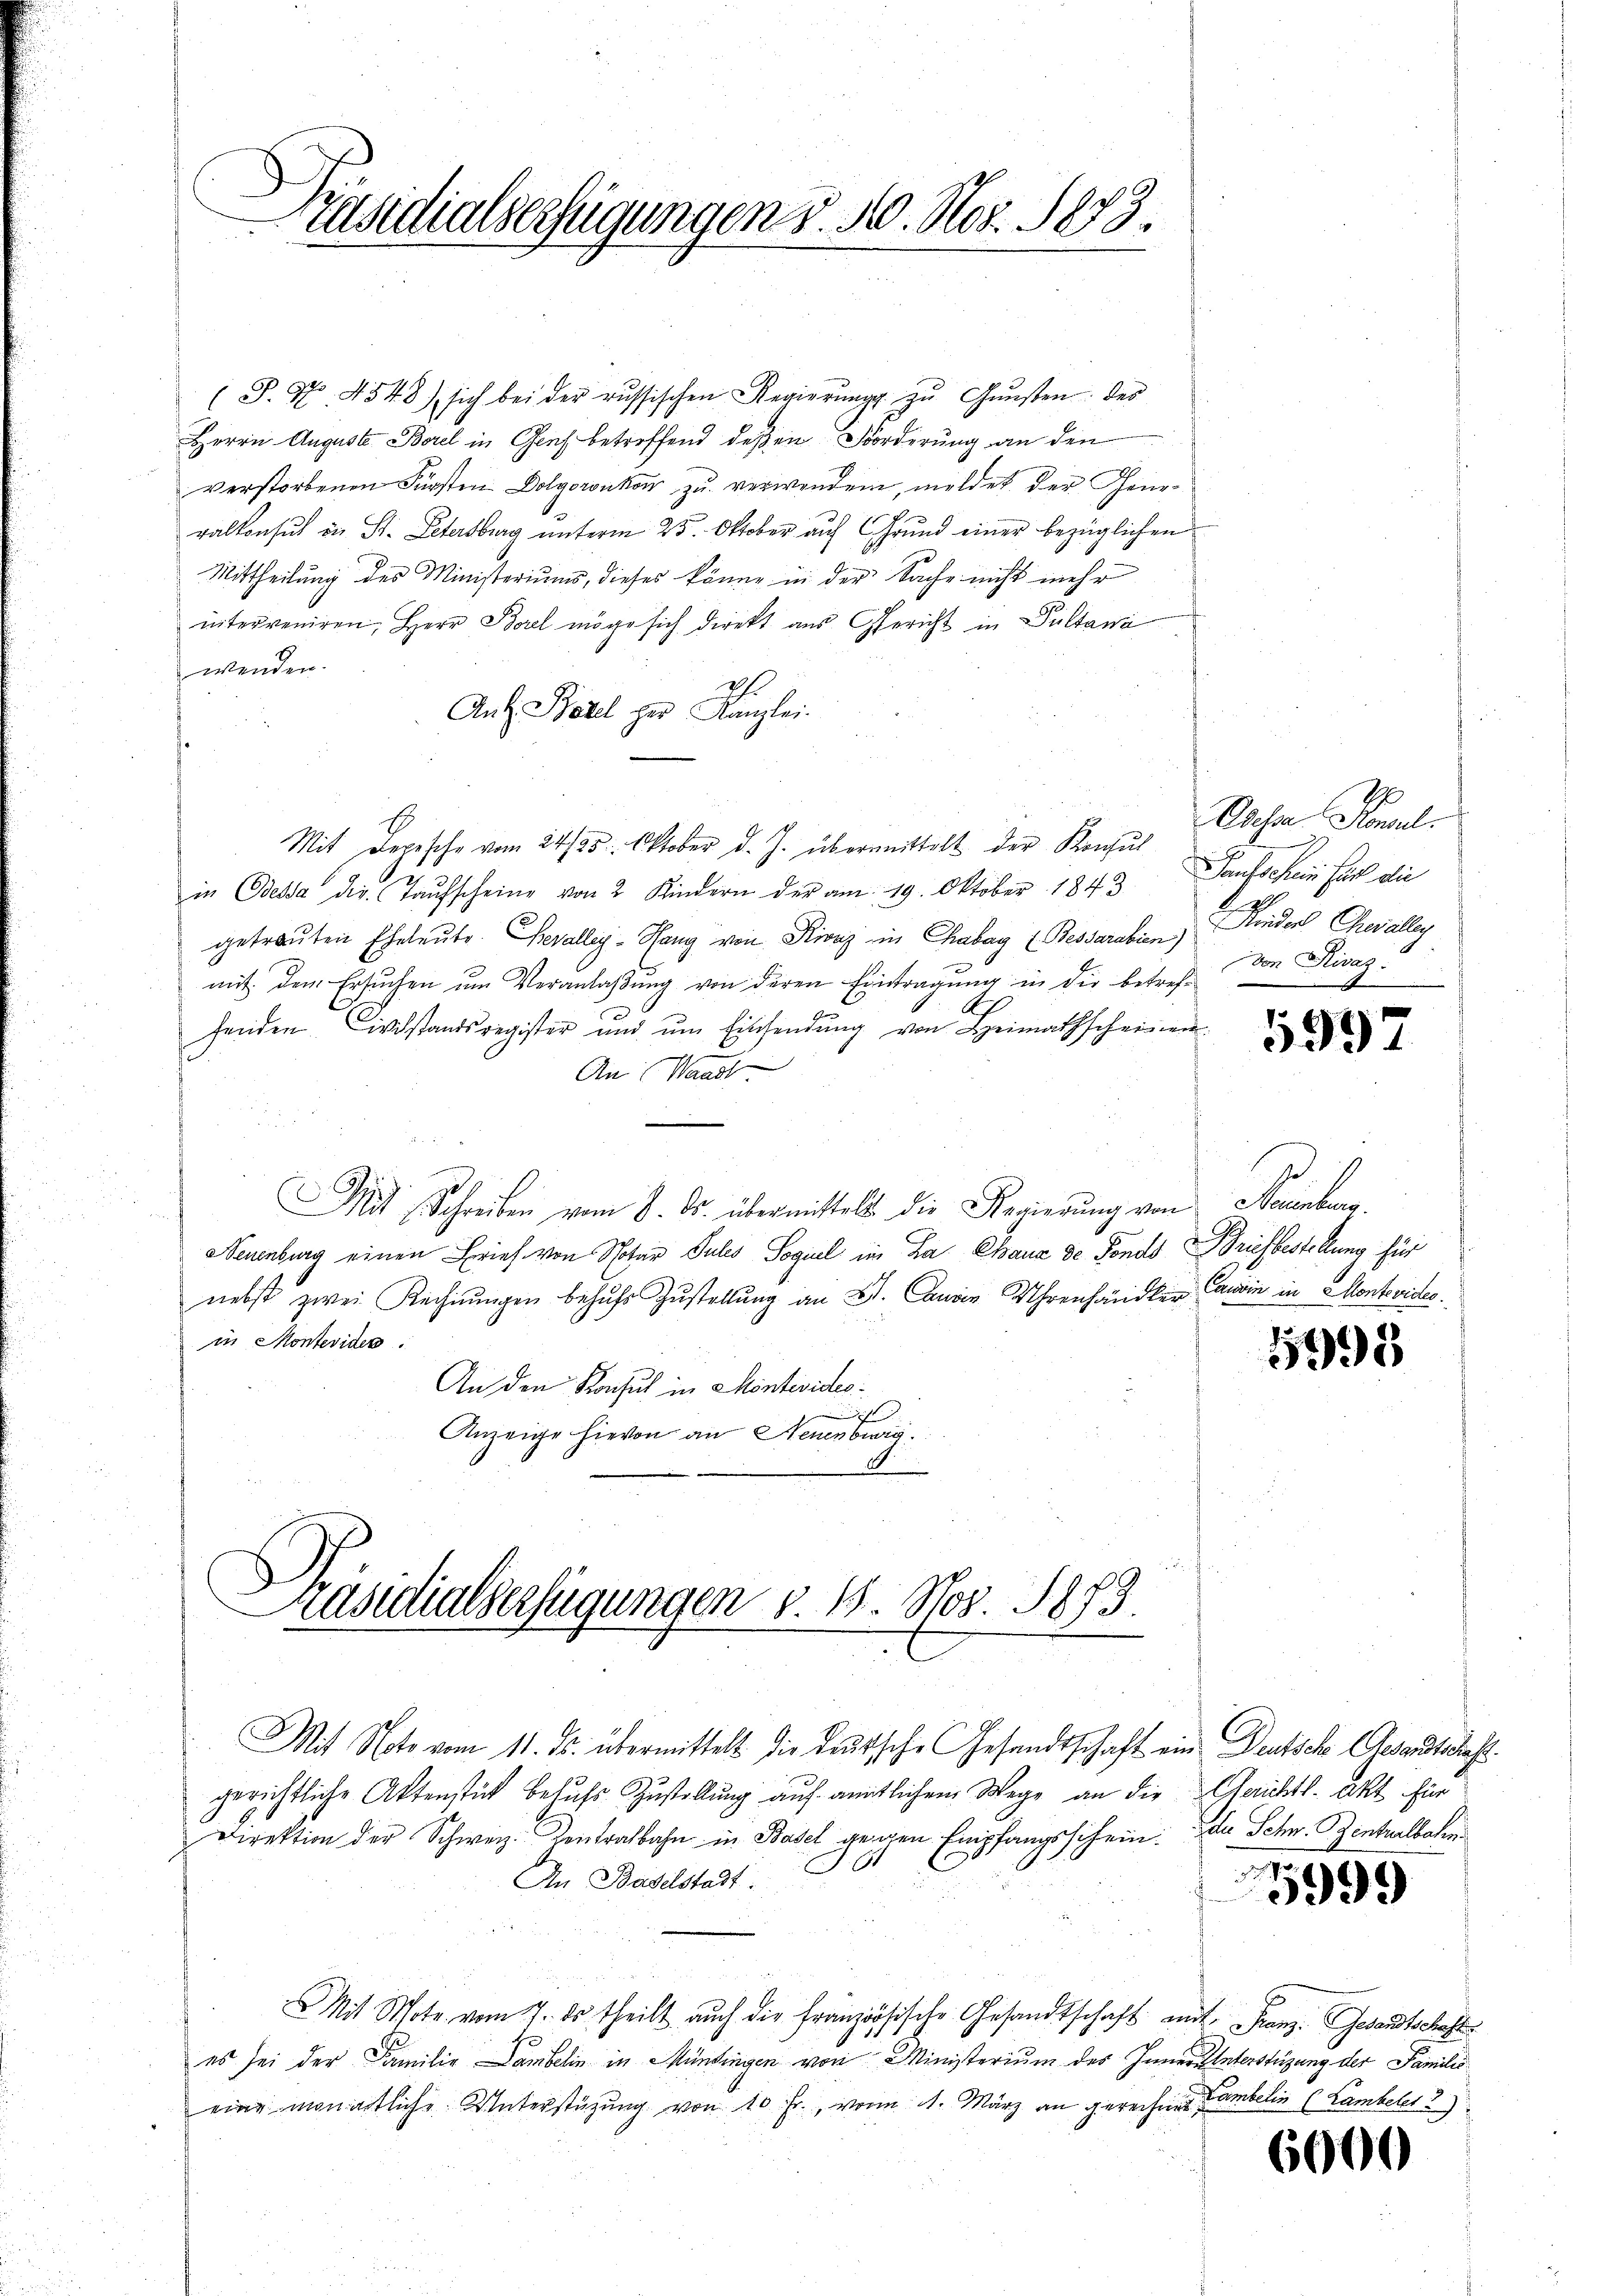
(P. Nr. 4548) sich bei der russischen Regierŭng zŭ Gŭnsten des
Herrn Auguste Borel in Genf betreffend deßen Forderung an den
verstorbenen Fürsten Dolgornkon zu verwenden, meldet der Generalkonsul in St. Petersburg unterm 25. Oktober auf Grund einer bezüglichen
Mittheilung des Ministeriums, dieses könne in der Sache nicht mehr
interveniren, Herr Borel möge sich direkt aus Gericht in Pultana
wenden.
2
Ant. Borel per Kanzlei.
Mit Depesche vom 24/25. Oktober d. J. übermittelt der Konsul
in Odessa die Taufscheine von 2 Kindern der am 19. Oktober 1843 Saufschein Fall die
getrauten Eheleute Bevalley-Hang von Kling im Chabag (Bessarabien)
mit dem Ersuchen um Veranlaßung von deren Eintragung in die betreffenden Civilstandsregister und ŭm Einsendŭng von Heimathscheinen
An Waadt
.
Mit Schreiben vom 9. ds. übermittelt die Regierŭng von Neuenburg
Neuenburg einen Brief von Notar Julis Soguel im La Chaux de Fonds Briefbestellung für
nebst zwei Rechnŭngen behufs Zustellung an B. Candin Uhrenhändler anin in Montevides.
in Montesiden.
An den Konsul in Montevideo¬
.
Anzeige hievon an Neuenburg.

I
räsidialserfügungen d. 10. Nov. 1873.

Präsidialserfügungen v. 18. Nov. 1873.
.
s

An Baselstadt.
Mit Note vom 7. ds. theilt auch die französische Gesandtschaft mit Franz. Gesandtschafts
es sei der Familie anbelin in Mündingen von Ministerium des Inner Unterstüzung der Familis
eine monatliche Unterstützung von 10 Fr., von 11. März an gerechnis melin (Lambeles 2)

Mit Note vom 11. ds. übermittelt die Teutsche Gesandtschaft ein Deutsche Gesandtschieht.
gerichtliche Aktenstück besuchs Zustellung auf amtlichem Wege an die Gerichtl. Akt für
Direktion der Schweiz. Kontralbahn in Basel gegen Empfangsschein: da Schn. Zentralbahn
11

Dasar Konsul,
E
Kinder Chevalle
Den Rivaz.
e
e

5997

1991

5999

6000